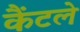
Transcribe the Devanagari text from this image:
कैंटले